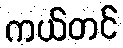
ကယ်တင်